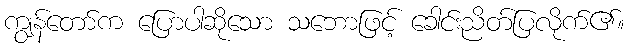
ကျွန်တော်က ပြောပါဆိုသော သဘောဖြင့် ခေါင်းညိတ်ပြလိုက်၏။